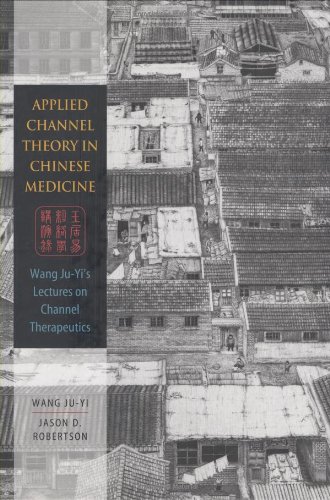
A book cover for Applied Channel Theory in Chinese Medicine Wang Ju-Yi's Lectures on Channel Therapeutics; Wang Ju-Yi; Health, Fitness & Dieting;